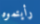
رأيتموه